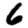
Digit: 6